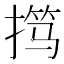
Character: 𫽢